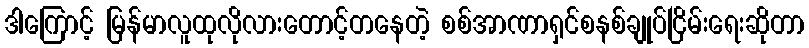
ဒါကြောင့် မြန်မာလူထုလိုလားတောင့်တနေတဲ့ စစ်အာဏာရှင်စနစ်ချုပ်ငြိမ်းရေးဆိုတာ